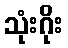
သုံးဂိုး